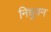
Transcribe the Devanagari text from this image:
निधुवन